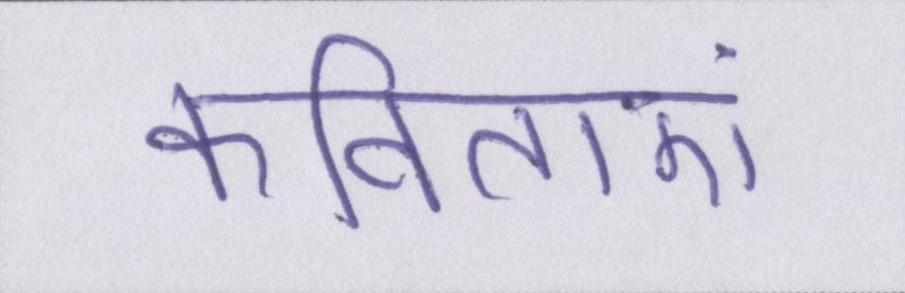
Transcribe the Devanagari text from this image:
कविताएं